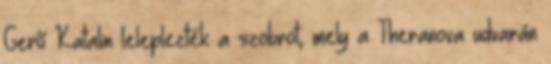
Gerő Katalin leleplezték a szobrot, mely a Theranova udvarán